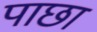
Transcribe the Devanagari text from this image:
पाछा